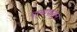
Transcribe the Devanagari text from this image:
पानापासुन